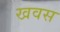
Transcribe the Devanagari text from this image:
खवस